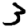
Digit: 3